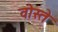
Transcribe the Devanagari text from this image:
वोस्ते